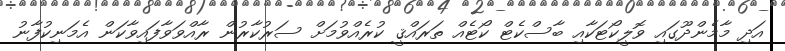
އަދި މާމެންދޫގައި ވޮލީކޯޓަކާއި ބާސްކެޓް ކޯޓެއް ތަރައްޤީ ކުރެއްވުމަށް ސަރުކާރުން ރާއްވަވާފައިވާކަން އެމަނިކުފާނު